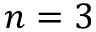
n = 3